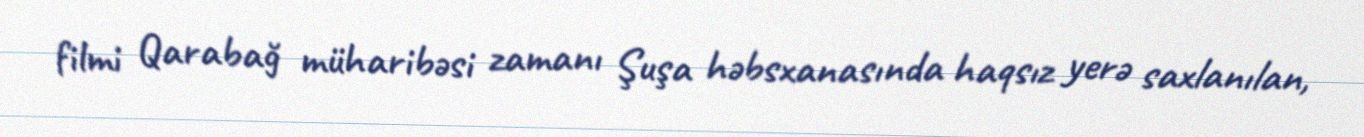
filmi Qarabağ müharibəsi zamanı Şuşa həbsxanasında haqsız yerə saxlanılan,